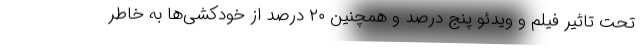
تحت تاثیر فیلم و ویدئو پنج درصد و همچنین ۲۰ درصد از خودکشی‌ها به خاطر